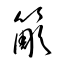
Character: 簓